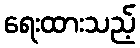
ရေးထားသည့်